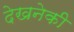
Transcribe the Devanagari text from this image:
देखनेकी